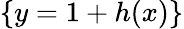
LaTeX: \{ y=1+h(x)\}